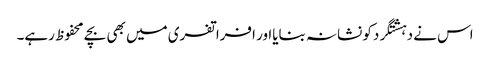
اس نے دہشتگردکو نشانہ بنایااور افراتفری میں بھی بچے محفوظ رہے۔